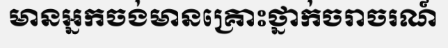
មានអ្នកចង់មានគ្រោះថ្នាក់ចរាចរណ៍